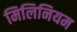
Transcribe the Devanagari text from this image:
मिलिनियम